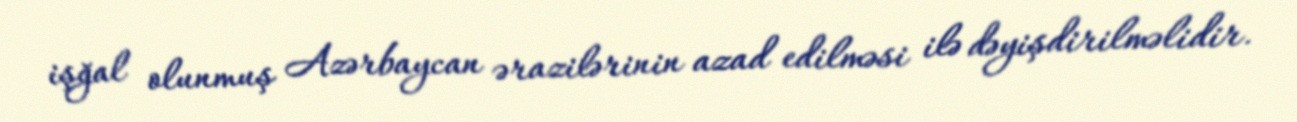
işğal olunmuş Azərbaycan ərazilərinin azad edilməsi ilə dəyişdirilməlidir.